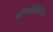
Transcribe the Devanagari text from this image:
ऑन्कोलिटिक